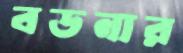
বডনার